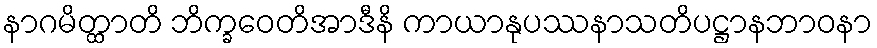
နာဂမိတ္ထာတိ ဘိက္ခဝေတိအာဒီနိ ကာယာနုပဿနာသတိပဋ္ဌာနဘာဝနာ